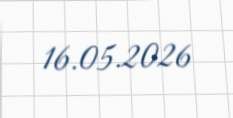
16.05.2026